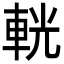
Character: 輄